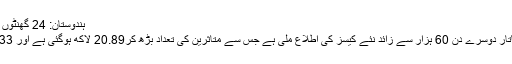
ہندوستان: 24 گھنٹوں میں ایک بار پھر 60 ہزار سے زائد کورونا مریض آئے سامنے
ہندوستان میں کورونا وائرس کے بگڑتے حالات کے درمیان لگاتار دوسرے دن 60 ہزار سے زائد نئے کیسز کی اطلاع ملی ہے جس سے متاثرین کی تعداد بڑھ کر20.89 لاکھ ہوگئی ہے اور 933 افراد کی ہلاکتوں کے بعد مجموعی تعداد 42518 ہوگئی ہے۔